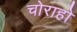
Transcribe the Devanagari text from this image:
चोराहो